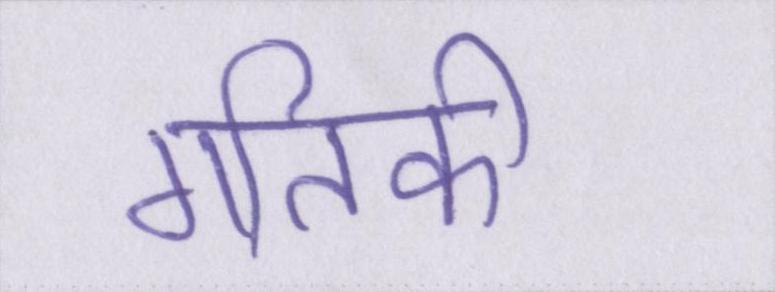
गतिकी